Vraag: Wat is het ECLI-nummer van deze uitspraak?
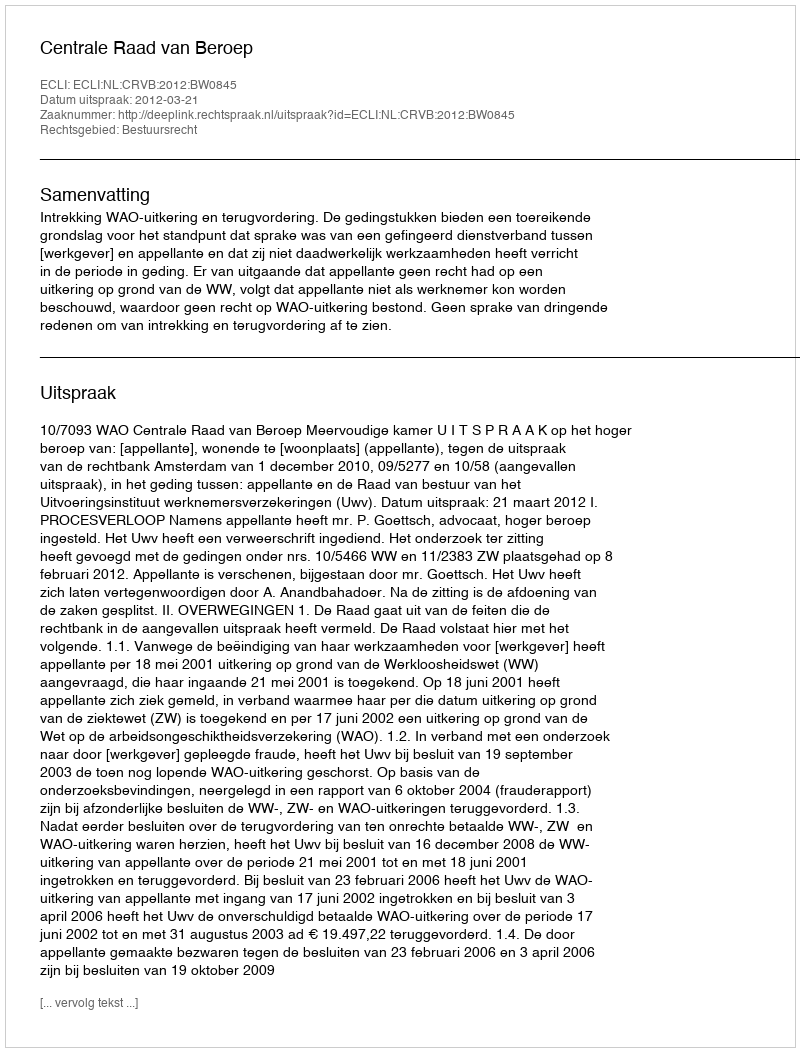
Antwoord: ECLI:NL:CRVB:2012:BW0845